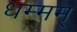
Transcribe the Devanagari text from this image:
धम्मम्